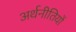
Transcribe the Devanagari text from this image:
अर्थनीतियों